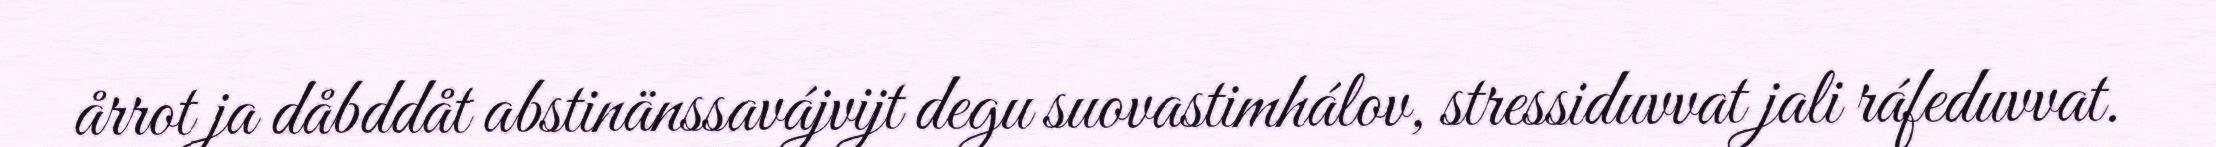
årrot ja dåbddåt abstinänssavájvijt degu suovastimhálov, stressiduvvat jali ráfeduvvat.